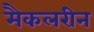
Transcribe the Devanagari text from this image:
मैकलरीन